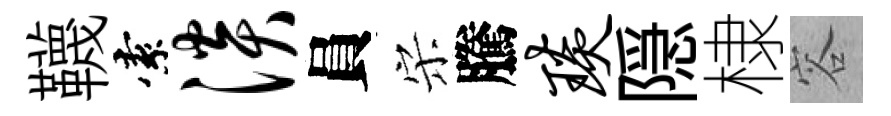
韈索淡員宋騰琰隠棣容